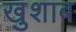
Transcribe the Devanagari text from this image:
खुशाब